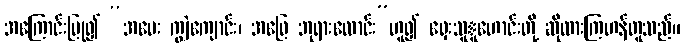
အကြောင်းပြု၍ “အမေး ကျွဲကျောင်း၊ အဖြေ ဘုရားလောင်း”ဟူ၍ ရှေးသူူဟောင်းတို့ ဆိုထားကြဟန်တူသည်။